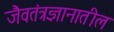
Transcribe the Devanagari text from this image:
जैवतंत्रज्ञानातील